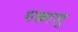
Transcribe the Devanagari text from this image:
मकालु